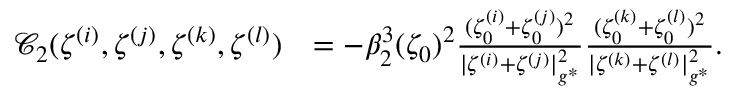
\begin{array} { r l } { \mathcal { C } _ { 2 } ( \zeta ^ { ( i ) } , \zeta ^ { ( j ) } , \zeta ^ { ( k ) } , \zeta ^ { ( l ) } ) } & { = - \beta _ { 2 } ^ { 3 } ( \zeta _ { 0 } ) ^ { 2 } \frac { ( \zeta _ { 0 } ^ { ( i ) } + \zeta _ { 0 } ^ { ( j ) } ) ^ { 2 } } { | { \zeta ^ { ( i ) } } + { \zeta ^ { ( j ) } } | _ { g ^ { * } } ^ { 2 } } \frac { ( \zeta _ { 0 } ^ { ( k ) } + \zeta _ { 0 } ^ { ( l ) } ) ^ { 2 } } { | { \zeta ^ { ( k ) } } + { \zeta ^ { ( l ) } } | _ { g ^ { * } } ^ { 2 } } . } \end{array}